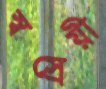
স্বস্রেয়ী